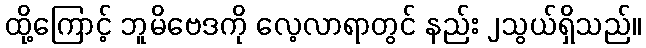
ထို့ကြောင့် ဘူမိဗေဒကို လေ့လာရာတွင် နည်း ၂သွယ်ရှိသည်။